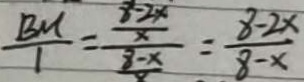
\frac { B M } { 1 } = \frac { \frac { 8 - 2 x } { x } } { \frac { 8 - x } { x } } = \frac { 8 - 2 x } { 8 - x }